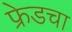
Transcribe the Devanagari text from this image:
फ्रेडचा